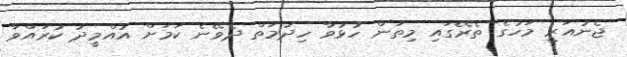
ޖެނުއަރީ މަހުގެ ތެރޭގައި މިތަން ހުޅުވާ ހިދުމަތް ދެވޭނެ ކަމަށް އުއްމީދު ކުރައްވާ